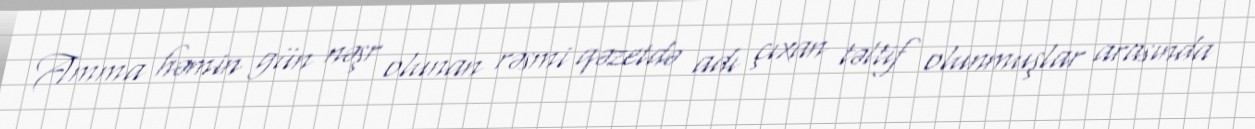
Amma həmin gün nəşr olunan rəsmi qəzetdə adı çıxan təltif olunmuşlar arasında